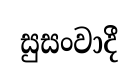
සුසංවාදී